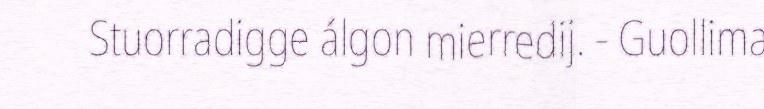
Stuorradigge álgon mierredij. - Guollima